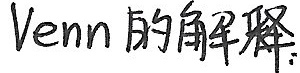
Venn的解释